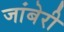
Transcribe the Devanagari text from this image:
जांबेरी